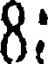
8: